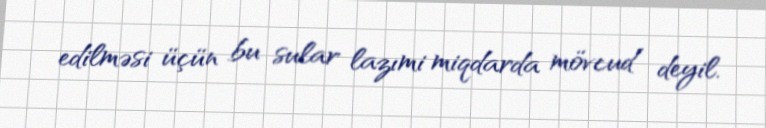
edilməsi üçün bu sular lazımi miqdarda mövcud deyil.